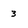
Character: 3